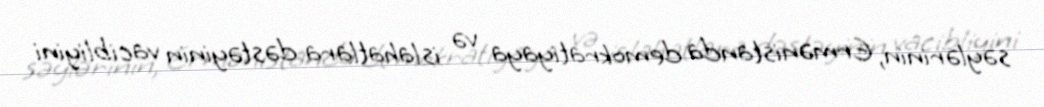
səylərinin, Ermənistanda demokratiyaya və islahatlara dəstəyinin vacibliyini